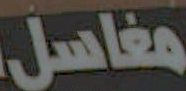
مغاسل